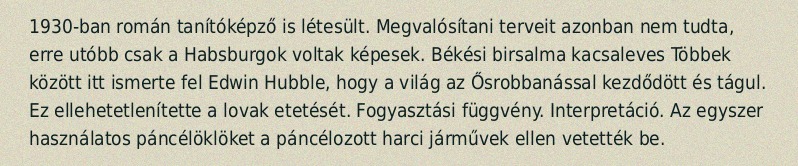
1930-ban román tanítóképző is létesült. Megvalósítani terveit azonban nem tudta, erre utóbb csak a Habsburgok voltak képesek. Békési birsalma kacsaleves Többek között itt ismerte fel Edwin Hubble, hogy a világ az Ősrobbanással kezdődött és tágul. Ez ellehetetlenítette a lovak etetését. Fogyasztási függvény. Interpretáció. Az egyszer használatos páncélöklöket a páncélozott harci járművek ellen vetették be.